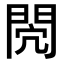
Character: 𨳻